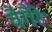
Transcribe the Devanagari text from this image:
वैगैरे